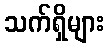
သက်ရှိများ